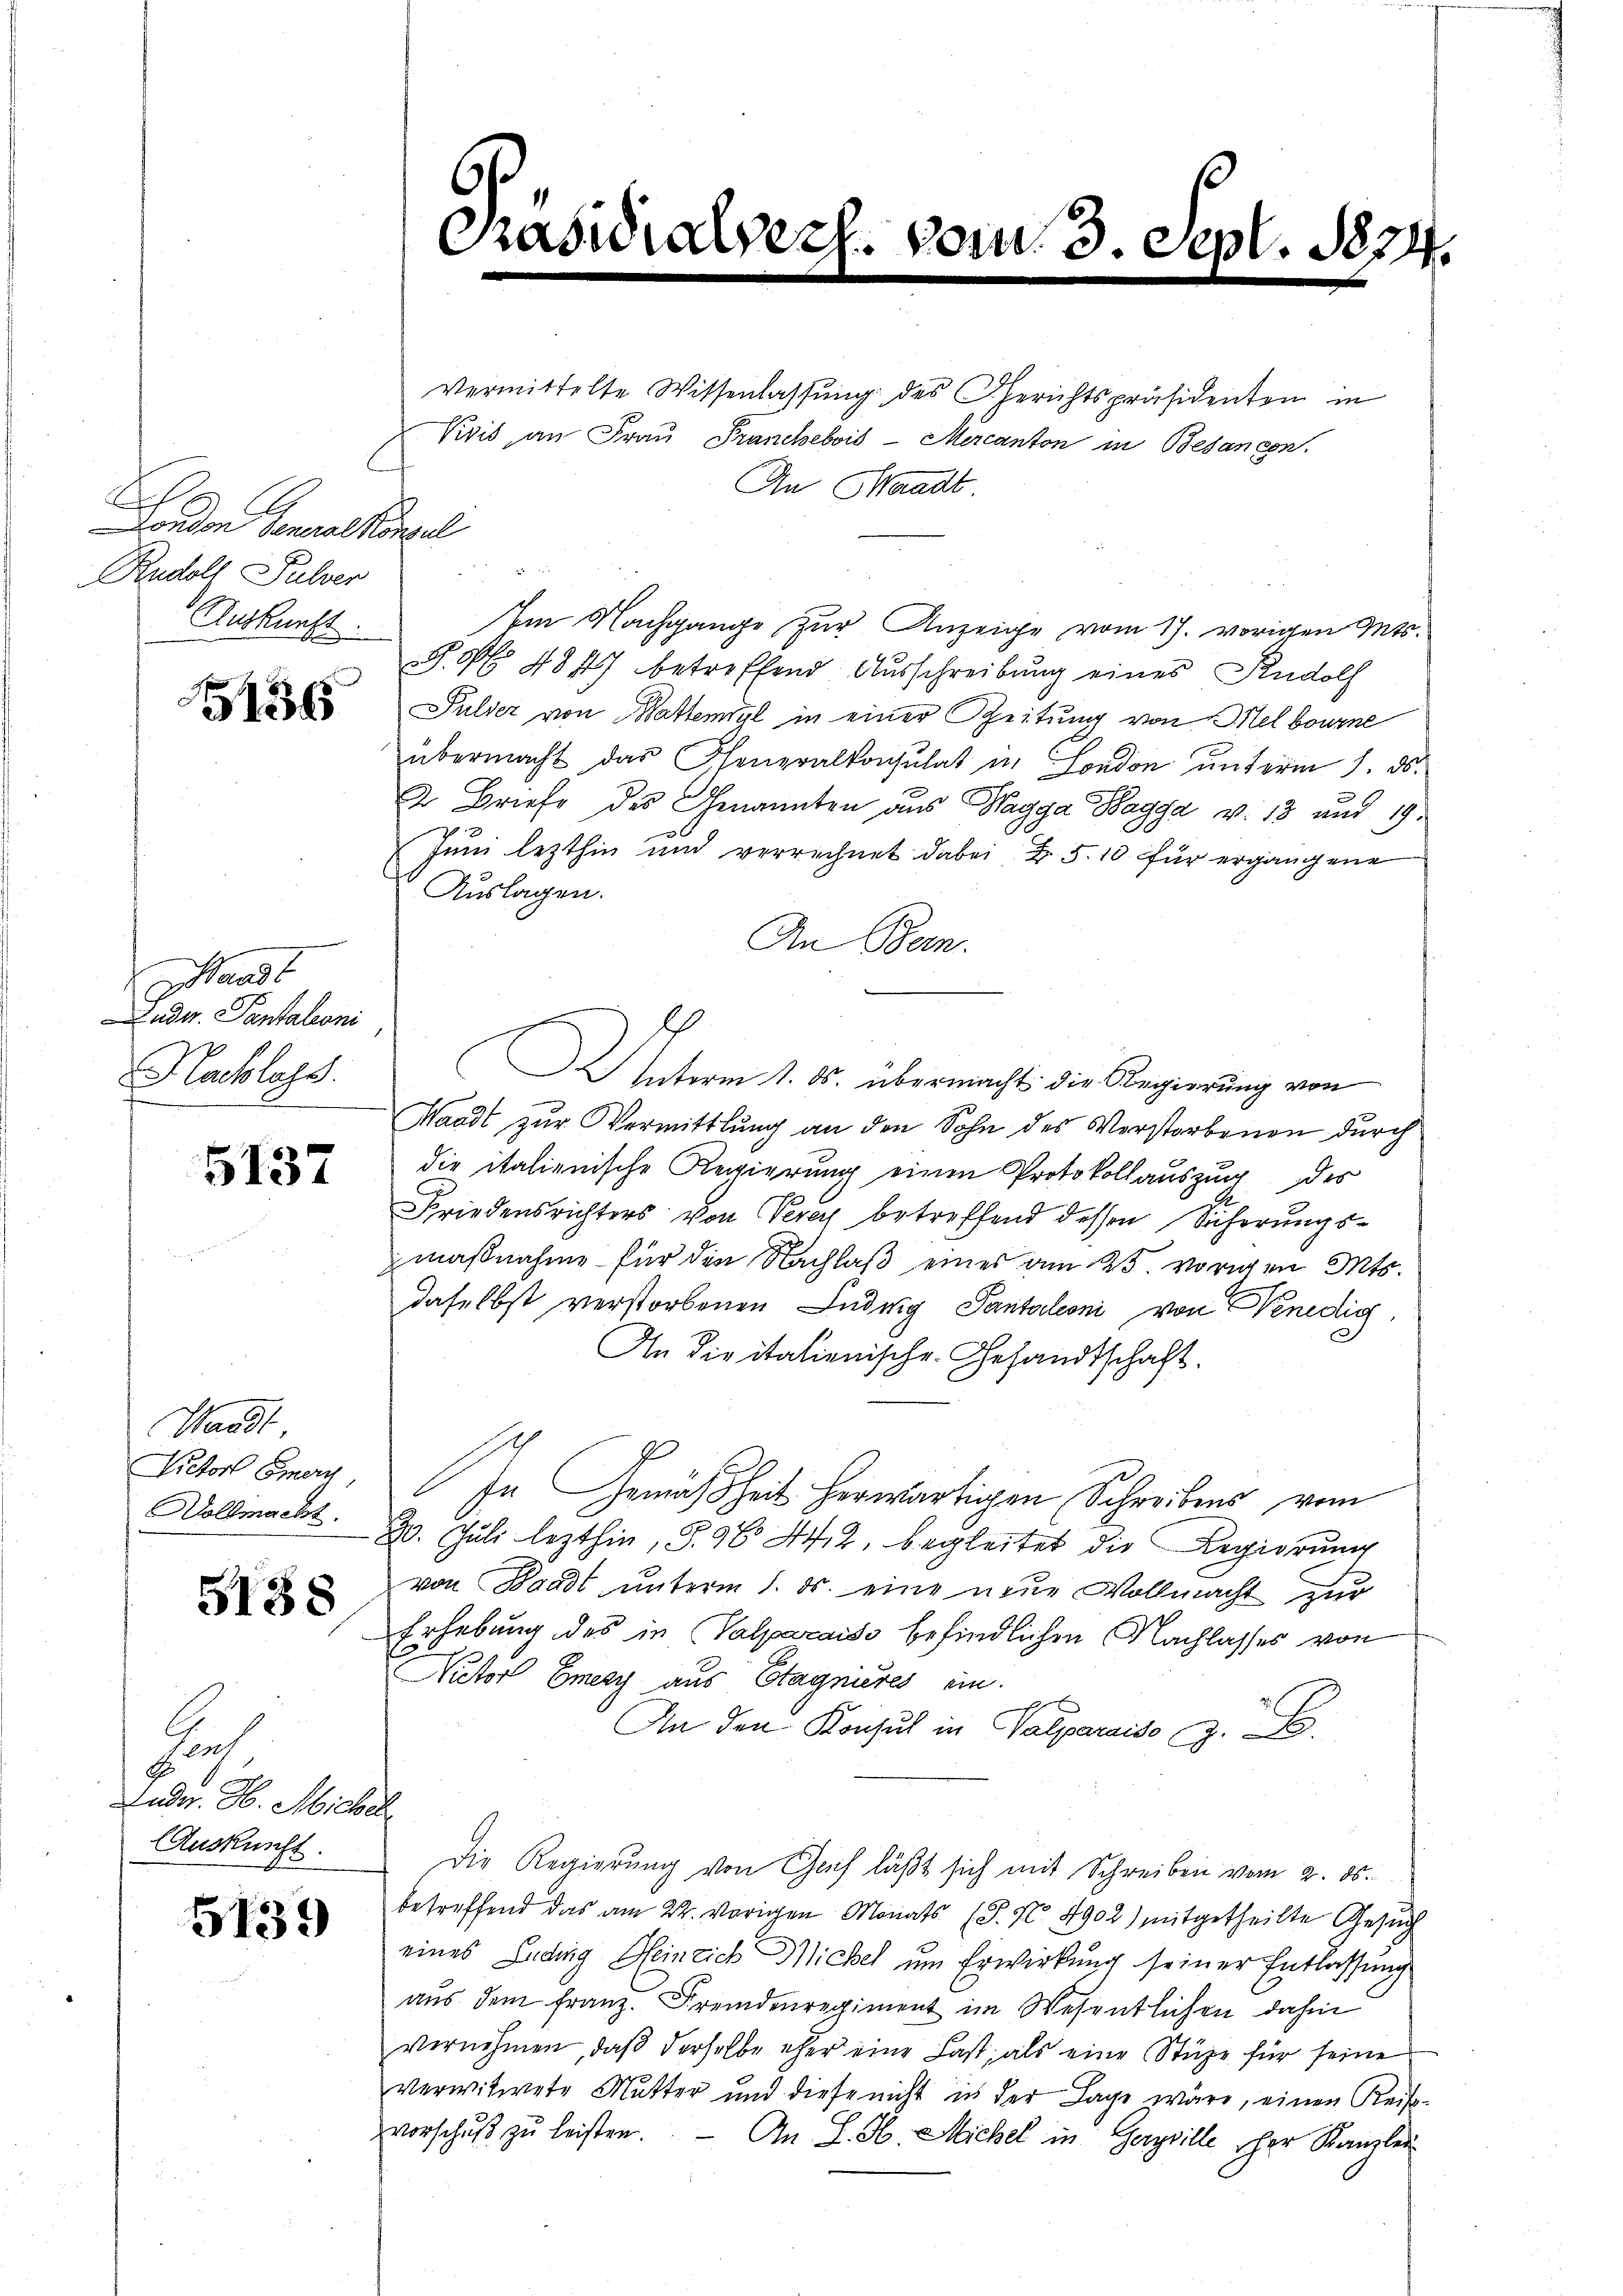
h
London General Konsul
Rudolf Pulver
Auskunft.

1355

Waadt
ndw. Pantalcani
Kachlags.

5137

Waadt
Victor Emeri
ollmacht.

5138

n
G.
Lade. H. Michel
Auskunft.

5139

Vermittelte Wissenlassung des Gerichtspräsidenten in
Vivić, an Frau Franchebvis-Mercanton in Besancen
An Waadt
Am Nachgange zur Anzeige vom 17. vorigen Mts.
P. Nr. 4847 betreffend Ausschreibung eines Rudolf
Pulder von attemyl in einer Zeitung von Melbourne
übermacht das Generalkonsulat in London ŭnterm 7. ds.
2 Briefe des Genannten aus Wagga Bagga v. 13 und 19
Juni lezthin und verrechnet dabei u. 5. 10 für ergangene
Auslagen.
An Bern.
2 Interm 1. ds. übermacht die Regierung von
Waadt zur Vermittlung an den Sohn des Verstorbenen durch
die italienische Regierung einen Protokollauszug des
Friedensrichters von Verey betreffend dessen Sicherungsmaßnahme für die Nachlaß eines am 25. vorigen Mts.
daselbst verstorbenen Ludwig Pantalioni von Benedig
An die italienische Gesandtschaft.
In Gemäßheit herwärtigen Schreibens vom
20. Juli lezthin, S. 96. 442. begleitet die Regierung
von Waadt unterm 1. ds. eine neue Vollmacht zur
Erhebung des in Valparaiso befindlichen Nachlasses von
Nator Emery aus Etagnures ein.
x
An den Konsul in Valparaiso z.
Die Regierung von Gais läßt sich mit Schreiben vom 2. ds.
betreffend das am 22. vorigen Monats (T. No. 4902) mitgetheilte Gesuch
eines Luding Heinrich Michel um Erwirkung seiner Entlassung.
aus dem Franz. Fremdenregiment im Wesentlichen dahin
vernehmen, daβ derselbe eher eine Last, als eine Stüge für seine
verwitwete Mutter und diese nicht in der Lage wäre, einen Reis-
vorschuß zu leisten.
An S. H. Michel in Gerzville scher Kanzlei-

O.

sidialverh. vom 3. Sept. 1874.